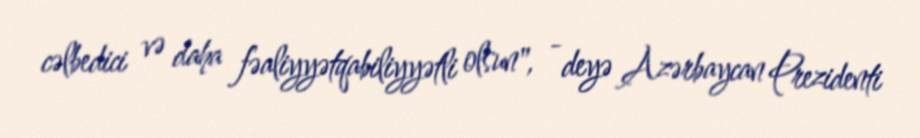
cəlbedici və daha fəaliyyətqabiliyyətli olsun", - deyə Azərbaycan Prezidenti